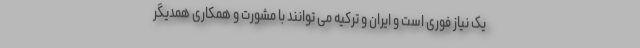
یک نیاز فوری است و ایران و ترکیه می توانند با مشورت و همکاری همدیگر